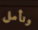
ونأمل